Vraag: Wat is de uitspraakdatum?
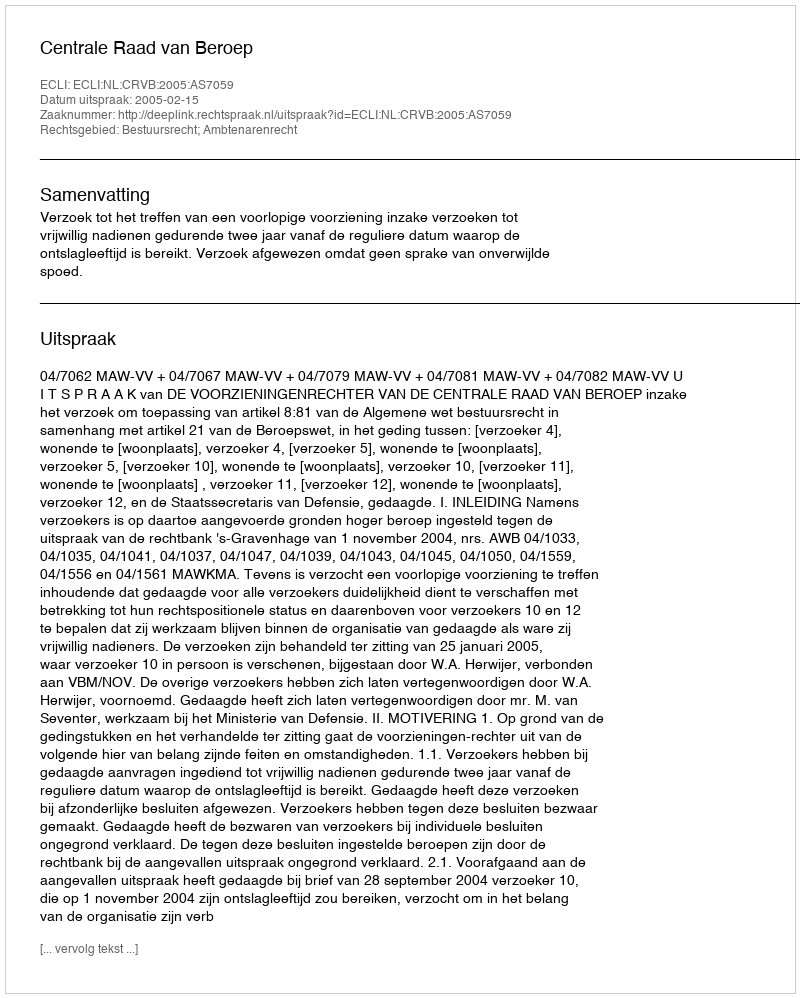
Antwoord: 2005-02-15